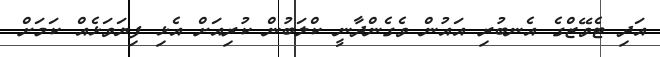
އަދި ޓެވޭޒްގެ އެނބުރި އައުން ވެގެންދާނީ ކްލަބުން ކުރިއަށް އެޅި ފިޔަވަޅެއް ކަމަށް